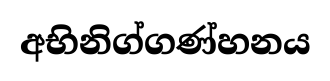
අභිනිග්ගණ්හනය